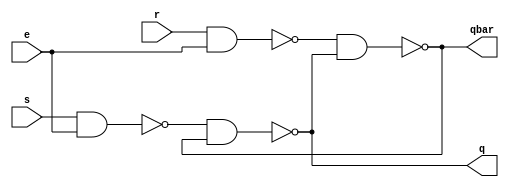
module gatedsr
(input s,r,e,
output q,qbar);

nand nand1(si,s,e);
nand nand2(ri,r,e);
nand nand3(q,si,qbar);
nand nand4(qbar,ri,q);

endmodule